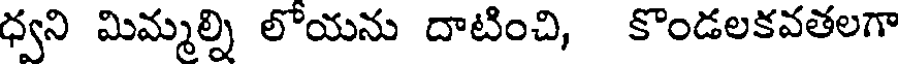
ధ్వని మిమ్మల్ని లోయను దాటించి, కొండలకవతలగా